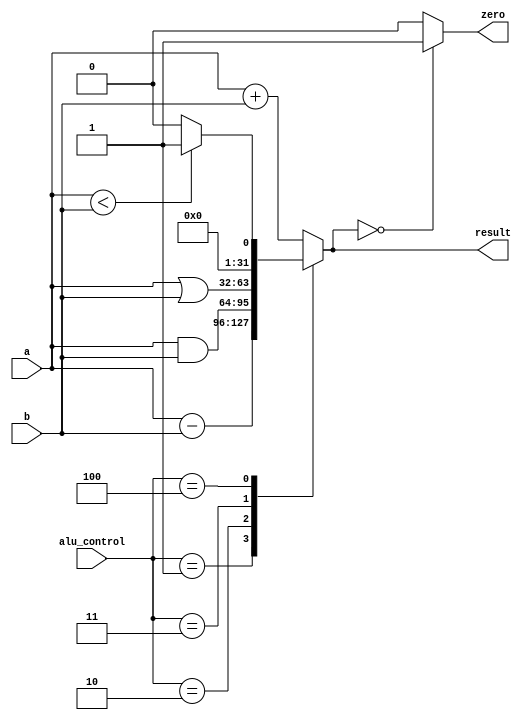
`timescale 1ns / 1ps
//////////////////////////////////////////////////////////////////////////////////
// Company: 
// Engineer: 
// 
// Design Name: 
// Module Name:    alu 
// Project Name: 
// Target Devices: 
// Tool versions: 
// Description: 
//
// Dependencies: 
//
// Revision: 
// Revision 0.01 - File Created
// Additional Comments: 
//
//////////////////////////////////////////////////////////////////////////////////
module alu(
    input [31:0] a,
    input [31:0] b,
    input [2:0] alu_control,
    output reg [31:0] result,
    output zero
    );
	 
	 always @(*)  //fpga4student.com: FPga projects, Verilog projects, VHDL projects
 begin   
      case(alu_control)  
      3'b000: result = a + b; // add  
      3'b001: result = a - b; // sub  
      3'b010: result = a & b; // and  
      3'b011: result = a | b; // or  
      
		3'b100: begin if (a<b) result = 32'd1;  
                     else result = 32'd0;  
                     end  
      default:result = a + b; // add  
      endcase  
 end  
 assign zero = (result==32'd0) ? 1'b1: 1'b0;


endmodule